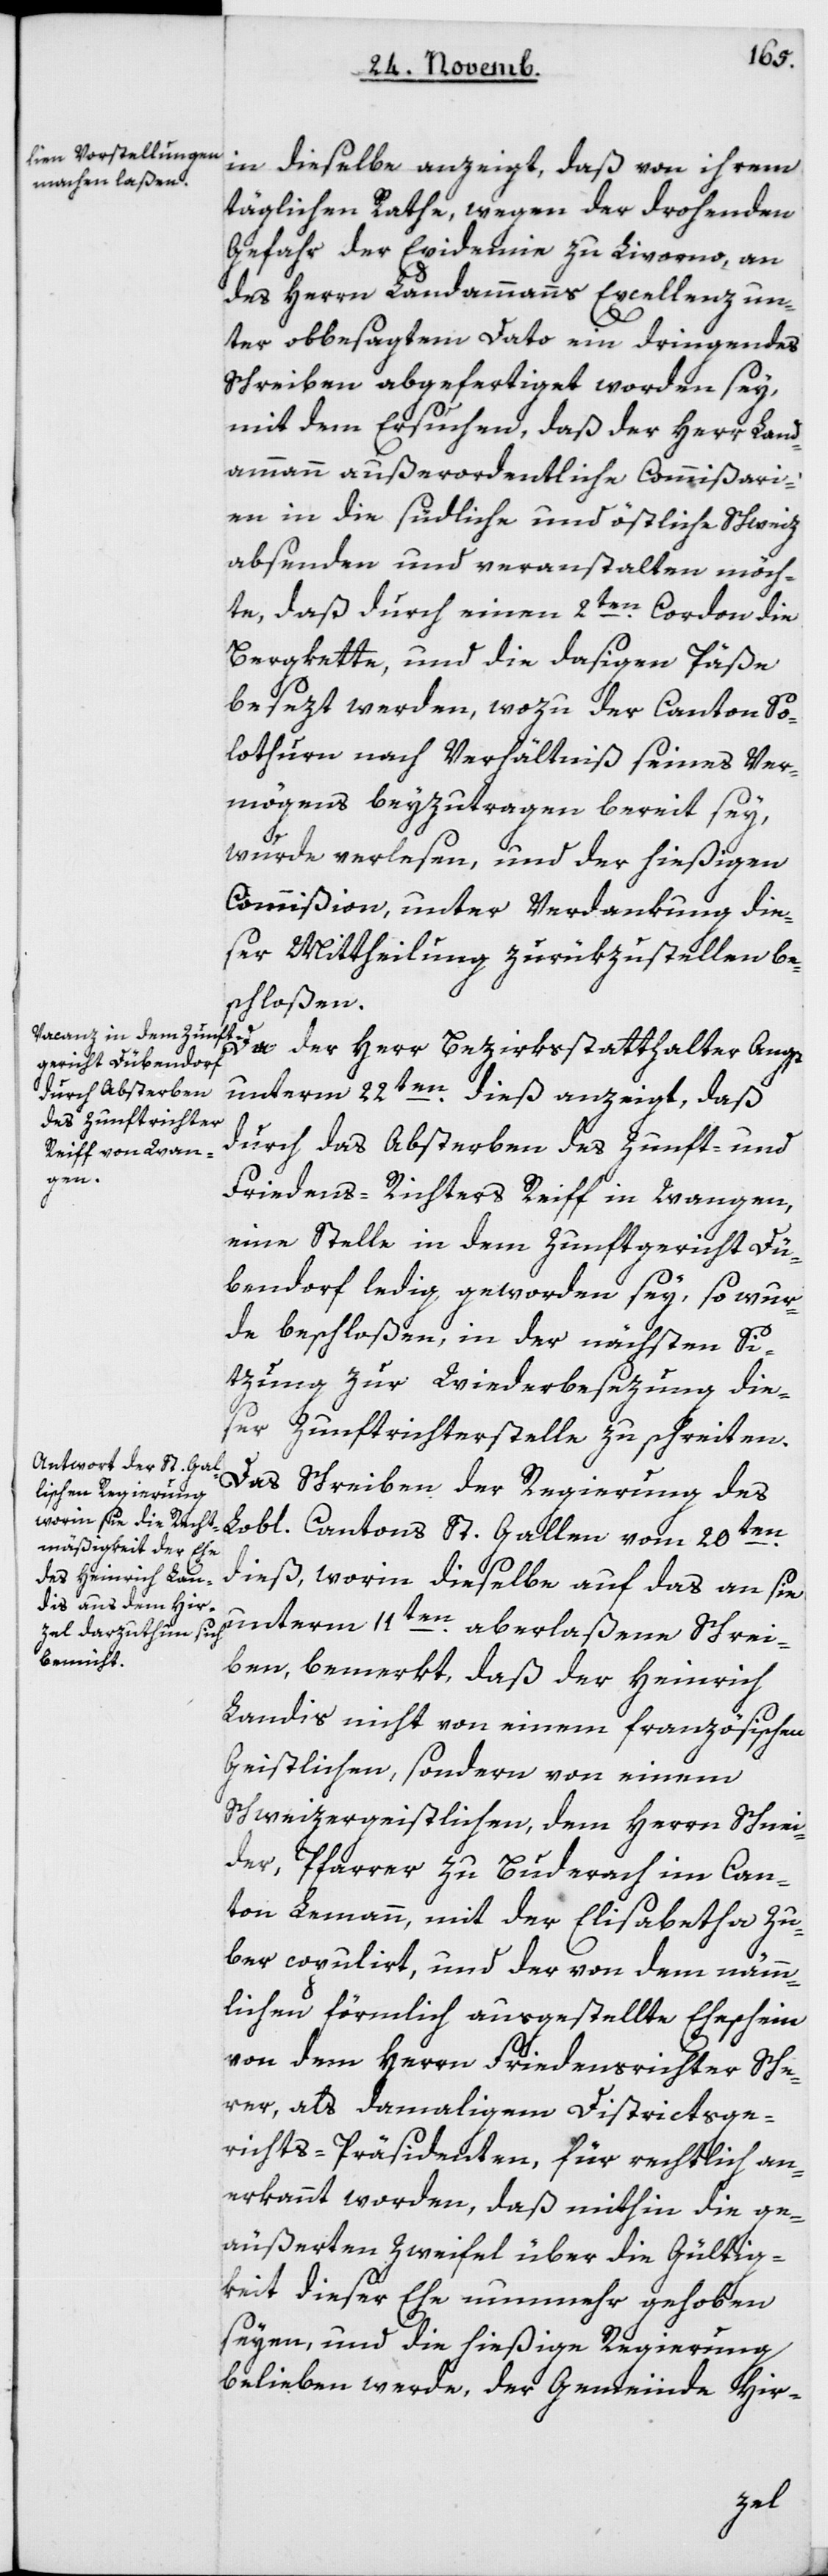
in dieselbe anzeigt, daß von ihrem
täglichen Rathe, wegen der drohenden
Gefahr der Epidemie zu Livorno, an
des Herrn Landammanns Excellenz un¬
ter obbesagtem Dato ein dringendes
Schreiben abgefertiget worden sey,
mit dem Ersuchen, daß der Herr Land¬
ammann außerordentliche Kommißari¬
en in die südliche und östliche Schweiz
absenden und veranstalten möch¬
te, daß durch einen 2ten Cordon die
Bergkette und die dasigen Päße
besezt werden, wozu der Canton So¬
lothurn nach Verhältnis seines Ver¬
mögens beyzutragen bereit sey,
wurde verlesen, und der hießigen
Commißion, unter Verdankung die¬
ser Mittheilung zurükzustellen be¬
schloßen.
Da der Herr Bezirksstatthalter Angst
unterm 22ten dieß anzeigt, daß
durch das Absterben des Zunft- und
Friedensrichters Reiff in Wangen,
eine Stelle in dem Zunftgericht Dü¬
bendorf ledig geworden sey, so wur¬
de beschloßen, in der nächsten Si¬
tzung zur Wiederbesezung die¬
ser Zunftrichterstelle zu schreiten.
Das Schreiben der Regierung des
L. Cantons St. Gallen vom 20ten
dieß, worinn dieselbe auf das an sie
unterm 11ten aberlaßene Schrei¬
ben bemerkt, daß der Heinrich
Landis nicht von einem französischen
Geistlichen, sondern von einem
Schweizergeistlichen, dem Herrn Schnei¬
der, Pfarrer zu Buderach im Can¬
ton Lemann, mit der Elisabetha Zu¬
ber copuliert, und der von dem nämm¬
lichen förmlich ausgestellte Eheschein
von dem Herrn Friedensrichter Sche¬
rer, als damahligem Districtsge¬
richts-Präsidenten, für rechtlich an¬
erkannt worden, daß mithin die ge¬
äußerten Zweifel über die Gültig¬
keit dieser Ehe nunmehr gehoben
seyen, und die hießige Regierung
belieben werde, der Gemeinde Hir-